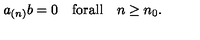
a _ { ( n ) } b = 0 \quad \mathrm { f o r a l l } \quad n \geq n _ { 0 } .